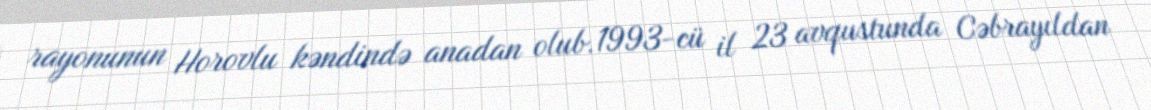
rayonunun Horovlu kəndində anadan olub.1993-cü il 23 avqustunda Cəbrayıldan